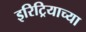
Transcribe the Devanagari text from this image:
इरिट्रियाच्या